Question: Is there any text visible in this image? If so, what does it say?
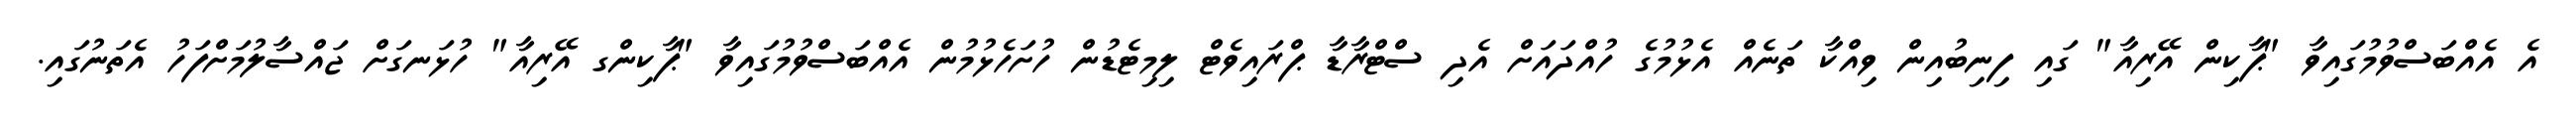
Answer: އެ އެއްބަސްވުމުގައިވާ "ޕާކިން އޭރިއާ" ގައި ފިނިބުއިން ވިއްކާ ތަނެއް އެޅުމުގެ ހުއްދައަށް އެދި ސްޓްރާޑާ ޕްރައިވެޓް ލިމިޓެޑުން ހުށަހެޅުމުން އެއްބަސްވުމުގައިވާ "ޕާކިންގ އޭރިއާ" ހުޅަނގަށް ޖައްސާލުމަށްފަހު އެތަނުގައި.